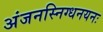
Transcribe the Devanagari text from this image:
अंजनस्निग्धनयनः